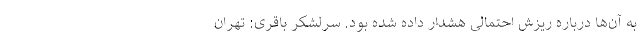
به آن‌ها درباره ریزش احتمالی هشدار داده شده بود. سرلشکر باقری: تهران